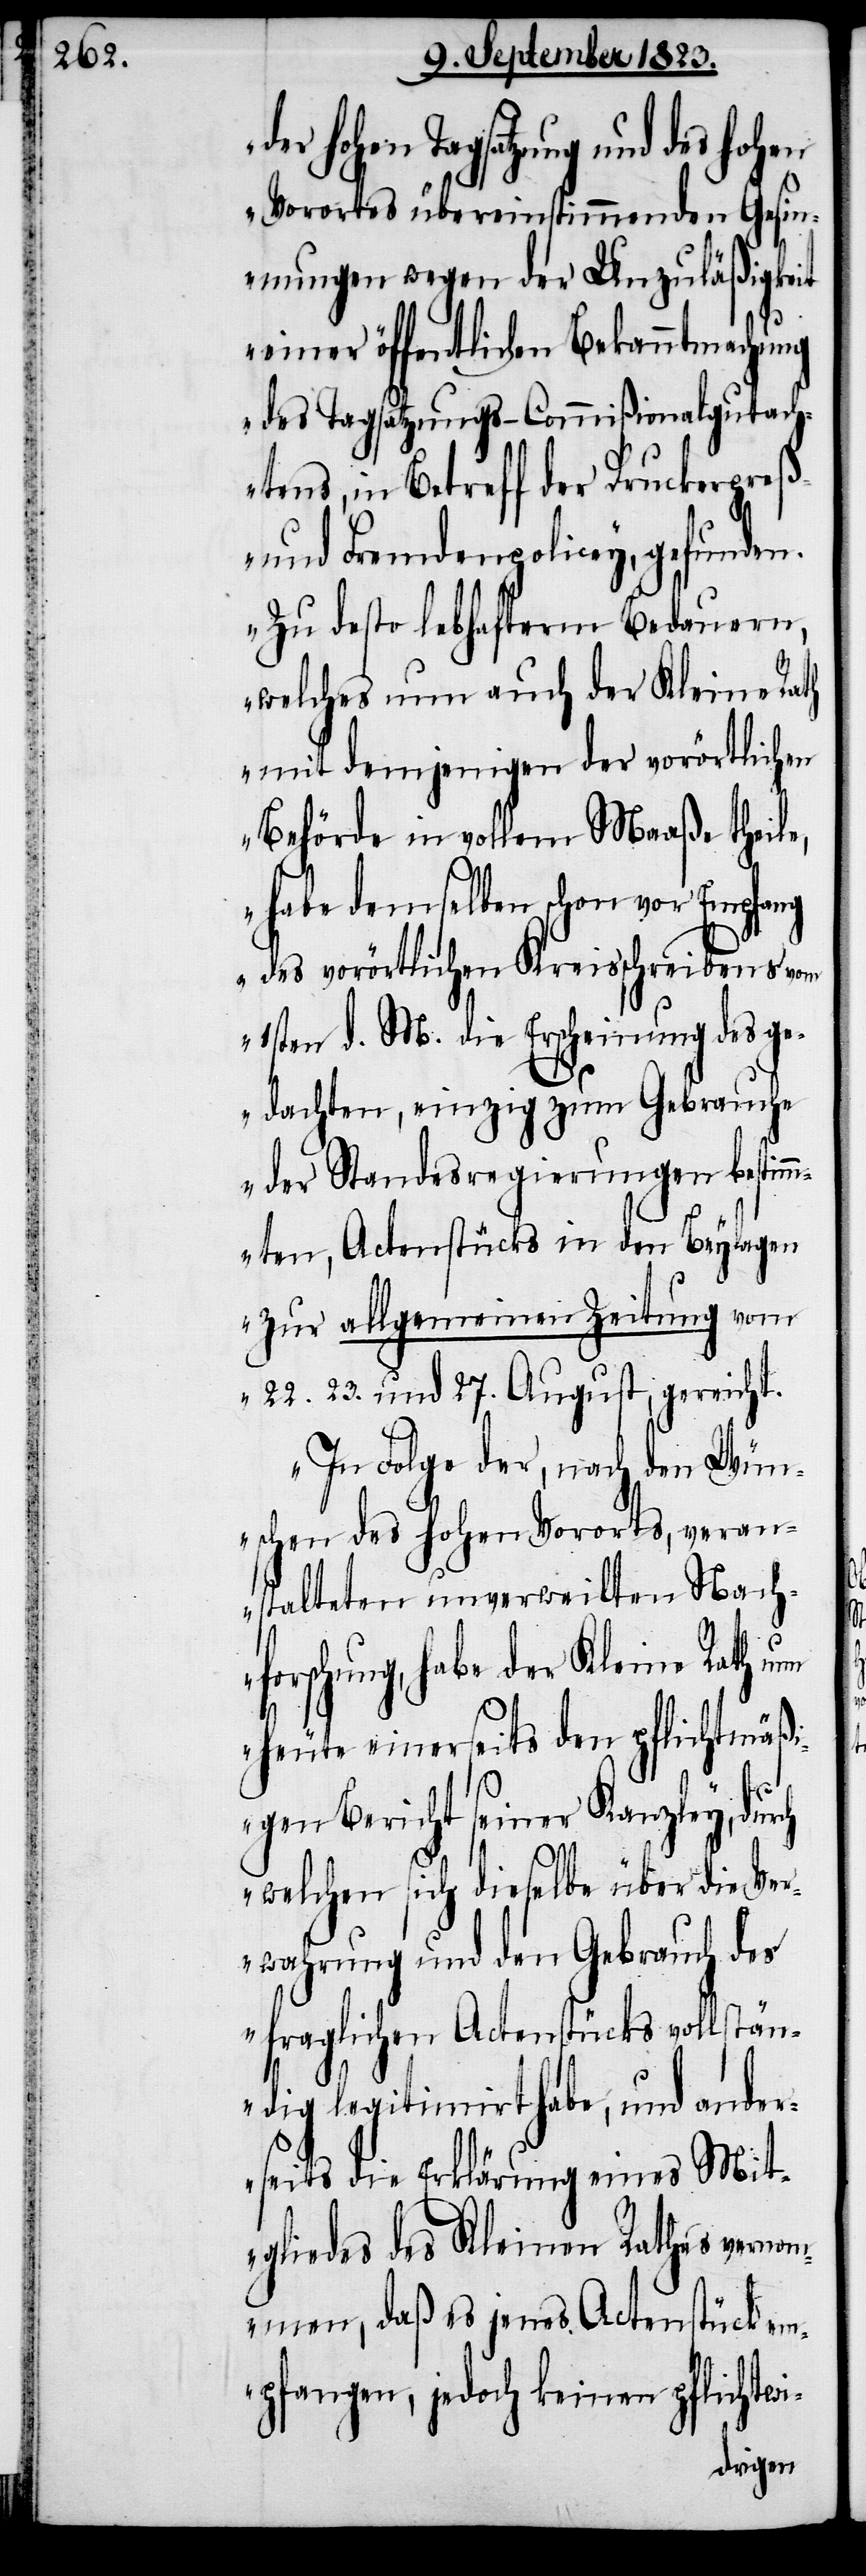
der hohen Tagsatzung und des
Vorortes übereinstimmenden Gesin¬
nungen wegen der Unzuläßigkeit
einer öffentlichen Bekanntmachung
des Tagsatzungs-Commißionalgutach¬
tens, in Betreff der Druckerpreß-
und Fremdenpolicey, gefunden.
Zu desto lebhafterm Bedauern,
welches nun auch der Kleine Rath
mit demjenigen der vorörtlichen
Behörde in vollem Maaße theile,
habe demselben schon vor Empfang
des vorörtlichen Kreisschreibens vom
1sten d. M. die Erscheinung des ge¬
dachten, einzig zum Gebrauche
der Standesregierungen bestim¬
mten, Actenstücks in den Beylagen
zur allgemeinen Zeitung vom
22. 23. und 27. August, gereicht.
In Folge der, nach den Wün¬
schen des hohen Vororts, veran¬
stalteten unverweilten Nach¬
forschung, habe der Kleine Rath
heute einerseits den pflichtmäßi¬
gen Bericht seiner Kanzley, durch
welchen sich dieselbe über die Ve¬
rwahrung und den Gebrauch des
fraglichen Actenstücks vollstän¬
dig legitimirt habe, und ander¬
seits die Erklärung eines Mit¬
gliedes des Kleinen Rathes vernom¬
men, daß es jenes Actenstück em¬
pfangen, jedoch keinen pflichtwi-